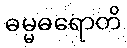
ဓမ္မဓရောတိ